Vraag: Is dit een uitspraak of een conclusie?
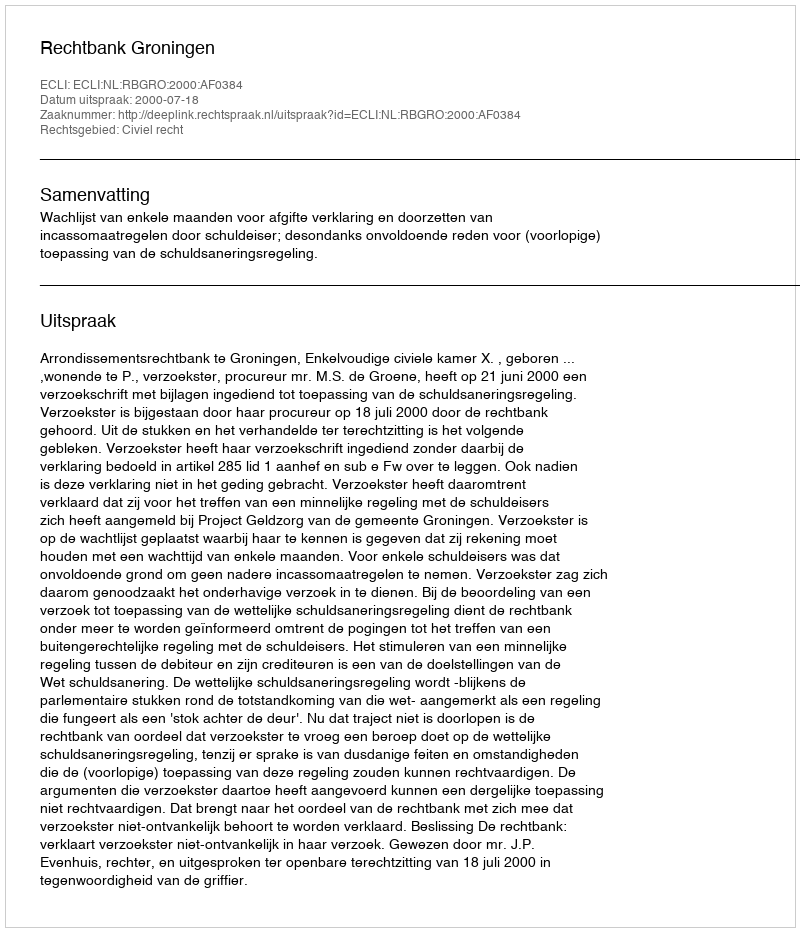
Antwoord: Uitspraak